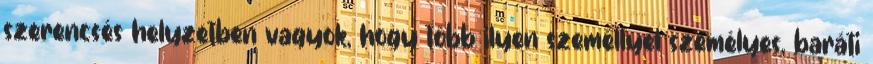
szerencsés helyzetben vagyok, hogy több ilyen személlyel személyes, baráti